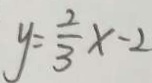
y = \frac { 2 } { 3 } x - 2